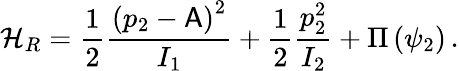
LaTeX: \mathcal{H}_{R}=\frac{1}{2}\frac{\left(p_{2}-\mathsf{A}\right)^{2}}{I_{1}}+\frac{1}{2}\frac{p_{2}^{2}}{I_{2}}+\Pi\left(\psi_{2}\right)\, .